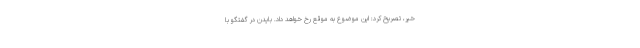
خیر، تصریح کرد: این موضوع به موقع رخ خواهد داد. بایدن در گفتگو با